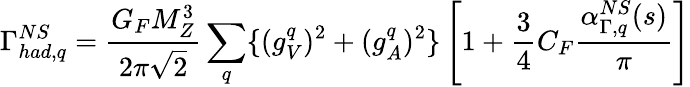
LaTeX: \Gamma_{had,q}^{NS}=\frac{G_{F}M_{Z}^{3}}{2\pi\sqrt{2}}\sum_{q}\{ (g_{V}^{q})^{2}+(g_{A}^{q})^{2}\} \left[1+\frac{3}{4}C_{F}\frac{\alpha_{\Gamma,q}^{NS}(s)}{\pi}\right]